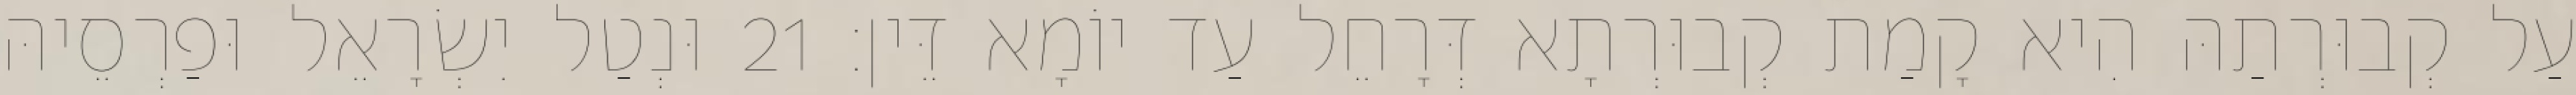
עַל קְבוּרְתַהּ הִיא קָמַת קְבוּרְתָא דְּרָחֵל עַד יוֹמָא דֵּין׃ 21 וּנְטַל יִשְׂרָאֵל וּפַרְסֵיהּ